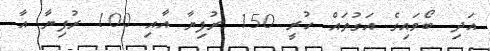
އަދި ބޯވައިގެ އަގުތައް ހުރީ 150 ރުފިޔާ އާއި 100 ރުފިޔާ އާ